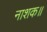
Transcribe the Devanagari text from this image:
नाशक॥